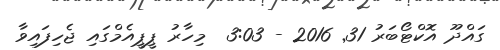
ގައްދޫ އޮކްޓޯބަރު 31